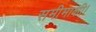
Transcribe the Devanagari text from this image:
समीमाक्षी।